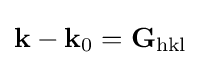
{\textbf {k}}-{\textbf {k}}_{0}={\textbf {G}}_{\textrm {hkl}}